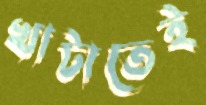
খাটাতেই